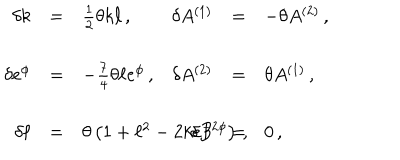
LaTeX: \begin{array} { r c l r c l } { { \delta k } } & { { = } } & { { \frac { 1 } { 2 } \theta k \ell \, , \hspace { 1 c m } } } & { { \delta A ^ { ( 1 ) } } } & { { = } } & { { - \theta A ^ { ( 2 ) } \, , } } \\ { { } } & { { } } & { { } } & { { } } & { { } } & { { } } \\ { { \delta e ^ { \phi } } } & { { = } } & { { - \frac { 7 } { 4 } \theta \ell e ^ { \phi } \, , } } & { { \delta A ^ { ( 2 ) } } } & { { = } } & { { \theta A ^ { ( 1 ) } \, , } } \\ { { } } & { { } } & { { } } & { { } } & { { } } & { { } } \\ { { \delta \ell } } & { { = } } & { { \theta \left( 1 + \ell ^ { 2 } - 2 k e ^ { - 2 \phi } \right) \, , \hspace { 1 . 5 c m } } } & { { \delta B } } & { { = } } & { { 0 \, , } } \\ \end{array}